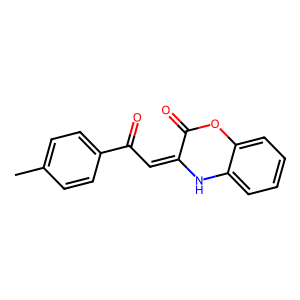
SMILES: Cc1ccc(C(=O)C=C2Nc3ccccc3OC2=O)cc1
Inhibits HIV replication: No